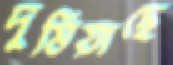
দুষিয়াছে